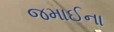
જમાઈના